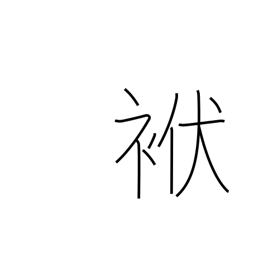
Meaning: cloth wrapper